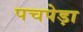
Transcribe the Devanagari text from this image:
पचपेड़ा